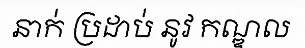
នាក់ ប្រដាប់ នូវ កណ្ឌល